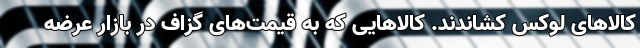
کالاهای لوکس کشاندند. کالاهایی که به قیمت‌های گزاف در بازار عرضه